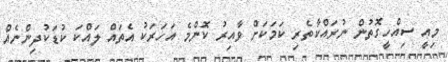
މިއީ ސިއްހީގޮތުން ނުރައްކާތެރި ކަމަކަށް ވާއިރު ކޮންމެ އަހަރަކު އެތައް ލައްކަ ކުޑަކުދިންނެއް